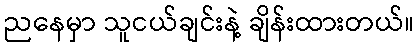
ညနေမှာ သူငယ်ချင်းနဲ့ ချိန်းထားတယ်။